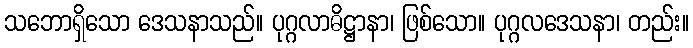
သဘောရှိသော ဒေသနာသည်။ ပုဂ္ဂလာဓိဋ္ဌာနာ၊ ဖြစ်သော။ ပုဂ္ဂလဒေသနာ၊ တည်း။